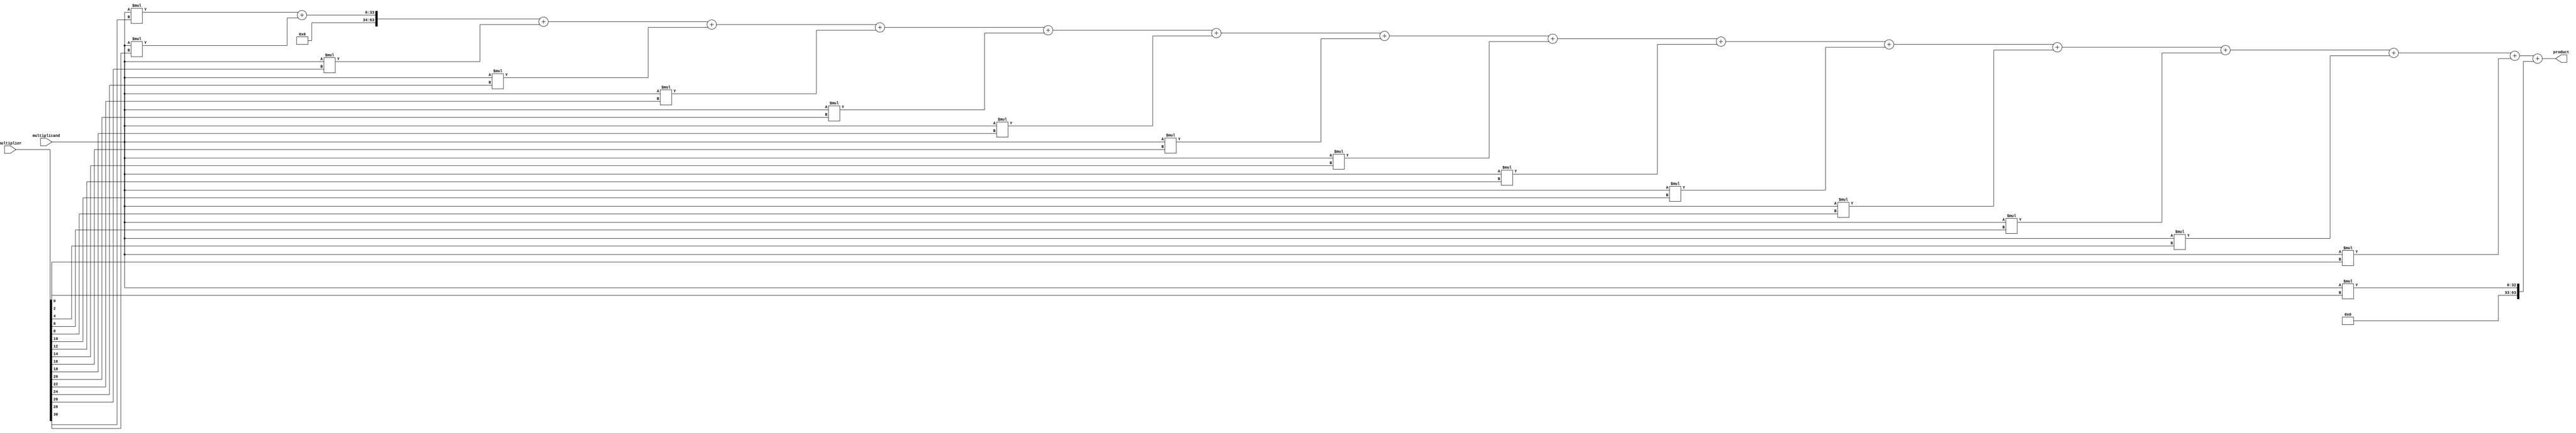
module CarrySaveMultiplier (
    input wire [31:0] multiplicand,
    input wire [31:0] multiplier,
    output wire [63:0] product
);

wire [63:0] partial_products[31:0];

genvar i;
generate
    for (i = 0; i < 32; i=i+1) begin
        assign partial_products[i] = multiplicand * multiplier[i];
    end
endgenerate

assign product = {partial_products[31], partial_products[30]} + 
                {partial_products[29], partial_products[28]} + 
                {partial_products[27], partial_products[26]} + 
                {partial_products[25], partial_products[24]} + 
                {partial_products[23], partial_products[22]} + 
                {partial_products[21], partial_products[20]} + 
                {partial_products[19], partial_products[18]} + 
                {partial_products[17], partial_products[16]} + 
                {partial_products[15], partial_products[14]} + 
                {partial_products[13], partial_products[12]} + 
                {partial_products[11], partial_products[10]} + 
                {partial_products[9], partial_products[8]} + 
                {partial_products[7], partial_products[6]} + 
                {partial_products[5], partial_products[4]} + 
                {partial_products[3], partial_products[2]} + 
                {partial_products[1], partial_products[0]};

endmodule